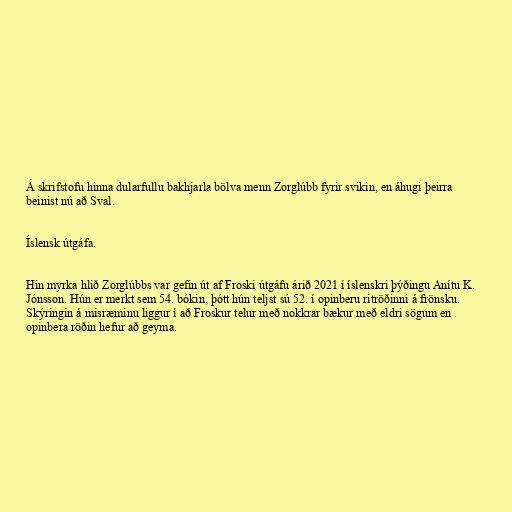
Á skrifstofu hinna dularfullu bakhjarla bölva menn Zorglúbb fyrir svikin, en áhugi þeirra
beinist nú að Sval.

Íslensk útgáfa.

Hin myrka hlið Zorglúbbs var gefin út af Froski útgáfu árið 2021 í íslenskri þýðingu Anítu K.
Jónsson. Hún er merkt sem 54. bókin, þótt hún teljst sú 52. í opinberu ritröðinni á frönsku.
Skýringin á misræminu liggur í að Froskur telur með nokkrar bækur með eldri sögum en
opinbera röðin hefur að geyma.